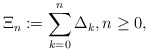
\begin{align*}\Xi_n: = \sum_{k = 0}^n \Delta_k, n\geq 0,\end{align*}